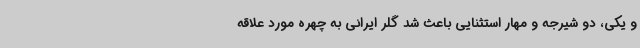
و یکی، دو شیرجه و مهار استثنایی باعث شد گلر ایرانی به چهره مورد علاقه